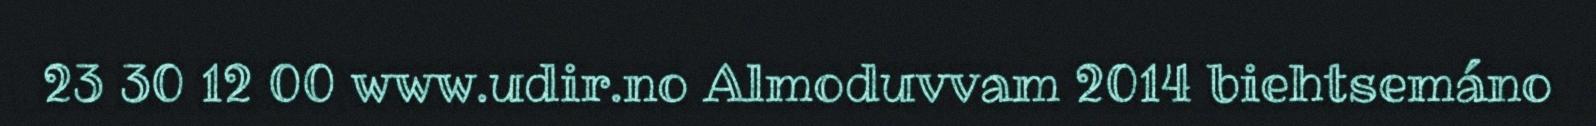
23 30 12 00 www.udir.no Almoduvvam 2014 biehtsemáno